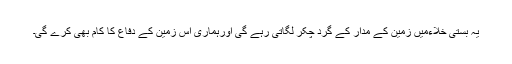
یہ بستی خلاءمیں زمین کے مدار کے گرد چکر لگاتی رہے گی اورہماری اس زمین کے دفاع کا کام بھی کرے گی۔